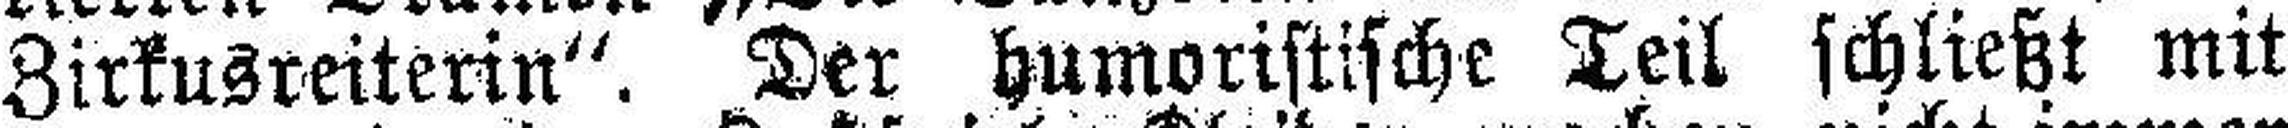
Zirkusreiterin“. Der humoristische Teil schließt mit